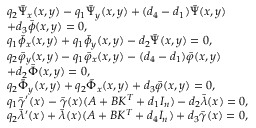
\begin{array} { r l } & { { q _ { 2 } } { { \bar { \Psi } } _ { x } } ( x , y ) - { q _ { 1 } } { { \bar { \Psi } } _ { y } } ( x , y ) + ( { d _ { 4 } } - { d _ { 1 } } ) \bar { \Psi } ( x , y ) } \\ & { + { d _ { 3 } } \bar { \phi } ( x , y ) = 0 , } \\ & { { q _ { 1 } } { { \bar { \phi } } _ { x } } ( x , y ) + { q _ { 1 } } { { \bar { \phi } } _ { y } } ( x , y ) - { d _ { 2 } } \bar { \Psi } ( x , y ) = 0 , } \\ & { { q _ { 2 } } { { \bar { \varphi } } _ { y } } ( x , y ) - { q _ { 1 } } { { \bar { \varphi } } _ { x } } ( x , y ) - ( { d _ { 4 } } - { d _ { 1 } } ) \bar { \varphi } ( x , y ) } \\ & { + { d _ { 2 } } \bar { \Phi } ( x , y ) = 0 , } \\ & { { q _ { 2 } } { \bar { \Phi } _ { y } } ( x , y ) + { q _ { 2 } } { \bar { \Phi } _ { x } } ( x , y ) + { d _ { 3 } } \bar { \varphi } ( x , y ) = 0 , } \\ & { { q _ { 1 } } { \bar { \gamma } } ^ { \prime } ( x ) - { \bar { \gamma } } ( x ) ( A + B K ^ { T } + { d _ { 1 } } I _ { n } ) - { d _ { 2 } } \bar { \lambda } ( x ) = 0 , } \\ & { { q _ { 2 } } \bar { \lambda } ^ { \prime } ( x ) + \bar { \lambda } ( x ) ( A + B K ^ { T } + d _ { 4 } I _ { n } ) + { d _ { 3 } } { \bar { \gamma } } ( x ) = 0 , } \end{array}